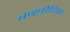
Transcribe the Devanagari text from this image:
बज्रच्छेदिका